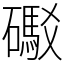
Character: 礟